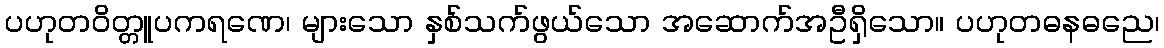
ပဟုတဝိတ္တူပကရဏေ၊ များသော နှစ်သက်ဖွယ်သော အဆောက်အဦရှိသော။ ပဟုတဓနဓညေ၊